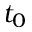
t _ { 0 }